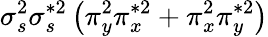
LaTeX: \sigma_{s}^{2}\sigma_{s}^{*2}\left(\pi_{y}^{2}\pi_{x}^{*2}+\pi_{x}^{2}\pi_{y}^{*2}\right)